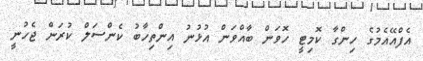
އެފްއޭއެމުގެ ހިންގާ ކޮމިޓީ ހޮވަން ބާއްވަން އުޅުނު އިންތިހާބު ކެންސަލް ކުރަން ޖެހުނީ